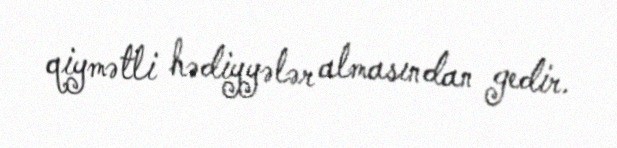
qiymətli hədiyyələr almasından gedir.